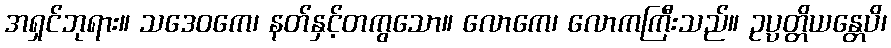
အရှင်ဘုရား။ သဒေဝကေ၊ နတ်နှင့်တကွသော။ လောကေ၊ လောကကြီးသည်။ ဥပ္ပတ္တိယန္တေပိ၊